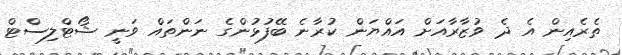
ތެރެއިން އެ ދެ ވުޒާރާއަށް އައްޔަން ކުރާނެ ބޭފުޅުންގެ ނަންތައް ވަނީ ޝޯޓްލިސްޓް